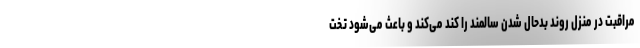
مراقبت در منزل روند بدحال شدن سالمند را کند می‌کند و باعث می‌شود تخت